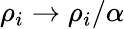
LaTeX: \rho_{i}\to\rho_{i}/\alpha